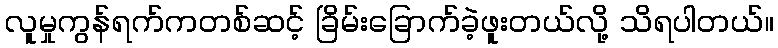
လူမှုကွန်ရက်ကတစ်ဆင့် ခြိမ်းခြောက်ခဲ့ဖူးတယ်လို့ သိရပါတယ်။